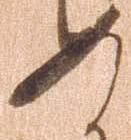
め